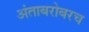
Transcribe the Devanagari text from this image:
अंताबरोबरच